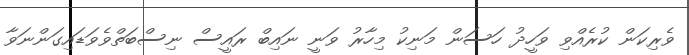
ވެރިކަން ކުރެއްވި ވަހީދު ހަސަން މަނިކު މިހާރު ވަނީ ނައިބް ރައީސް ނިސްބަތްވެވަޑައިގަންނަވާ